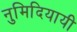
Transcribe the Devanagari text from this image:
नुमिदियायी